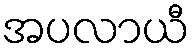
အပလာယီ